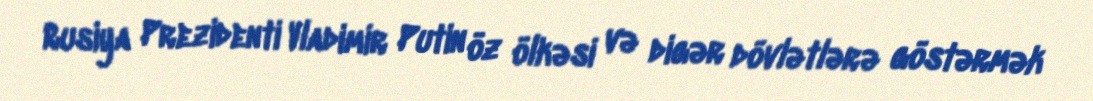
Rusiya Prezidenti Vladimir Putin öz ölkəsi və digər dövlətlərə göstərmək